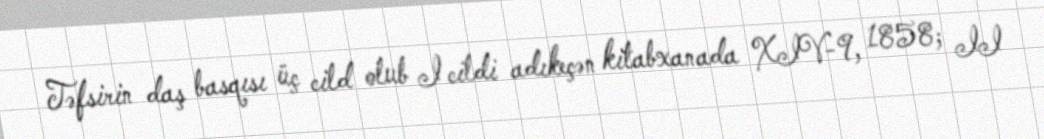
Təfsirin daş basqısı üç cild olub I cildi adıkeçən kitabxanada XIV-9, 1858; II